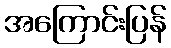
အကြောင်းပြန်